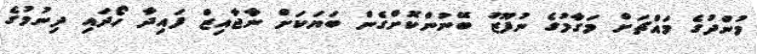
މުންދުގެ މައްޗަށް މަގާމުގެ ނުފޫޒު ބޭނުންކޮށްގެން ބަޔަކަށް ނާޖާއިޒް ފައިދާ ހޯދައި ދިނުމުގެ